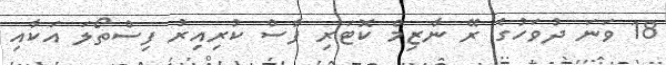
18 ވަނަ ދުވަހުގެ ރޭ ނާޒިމް ކޮޓަރި ފާސް ކުރިއިރު ފިސްތޯލަ އަކާއި